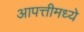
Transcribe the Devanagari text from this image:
आपत्तीमध्ये